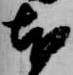
本